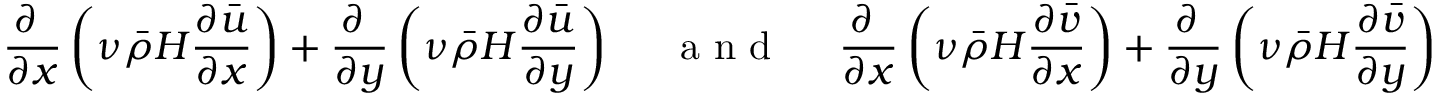
\frac { \partial ~ } { \partial x } \left( \nu \bar { \rho } H \frac { \partial \bar { u } } { \partial x } \right) + \frac { \partial ~ } { \partial y } \left( \nu \bar { \rho } H \frac { \partial \bar { u } } { \partial y } \right) ~ \quad \textrm { a n d } \quad ~ \frac { \partial ~ } { \partial x } \left( \nu \bar { \rho } H \frac { \partial \bar { v } } { \partial x } \right) + \frac { \partial ~ } { \partial y } \left( \nu \bar { \rho } H \frac { \partial \bar { v } } { \partial y } \right)